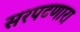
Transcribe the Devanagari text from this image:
सरपटणारा